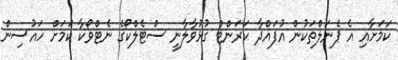
ކަމަށާއި އެ ޕެނަލްތަކުން އުފައްދާ ކަރަންޓް ގުޅުވާލާނީ ސްޓެލްކޯގެ ނެޓްވޯކާ ކަމަށް ހައުސިން